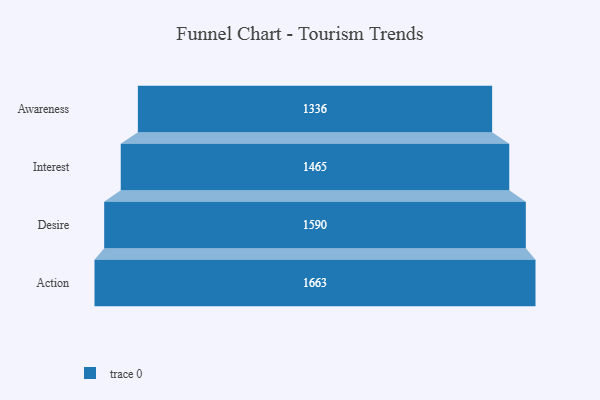
{"axis": {"x": "Stage", "y": "Value"}, "legend": [""], "data": [{"x": "Awareness", "y": 1336.0, "type": ""}, {"x": "Interest", "y": 1465.0, "type": ""}, {"x": "Desire", "y": 1590.0, "type": ""}, {"x": "Action", "y": 1663.0, "type": ""}]}